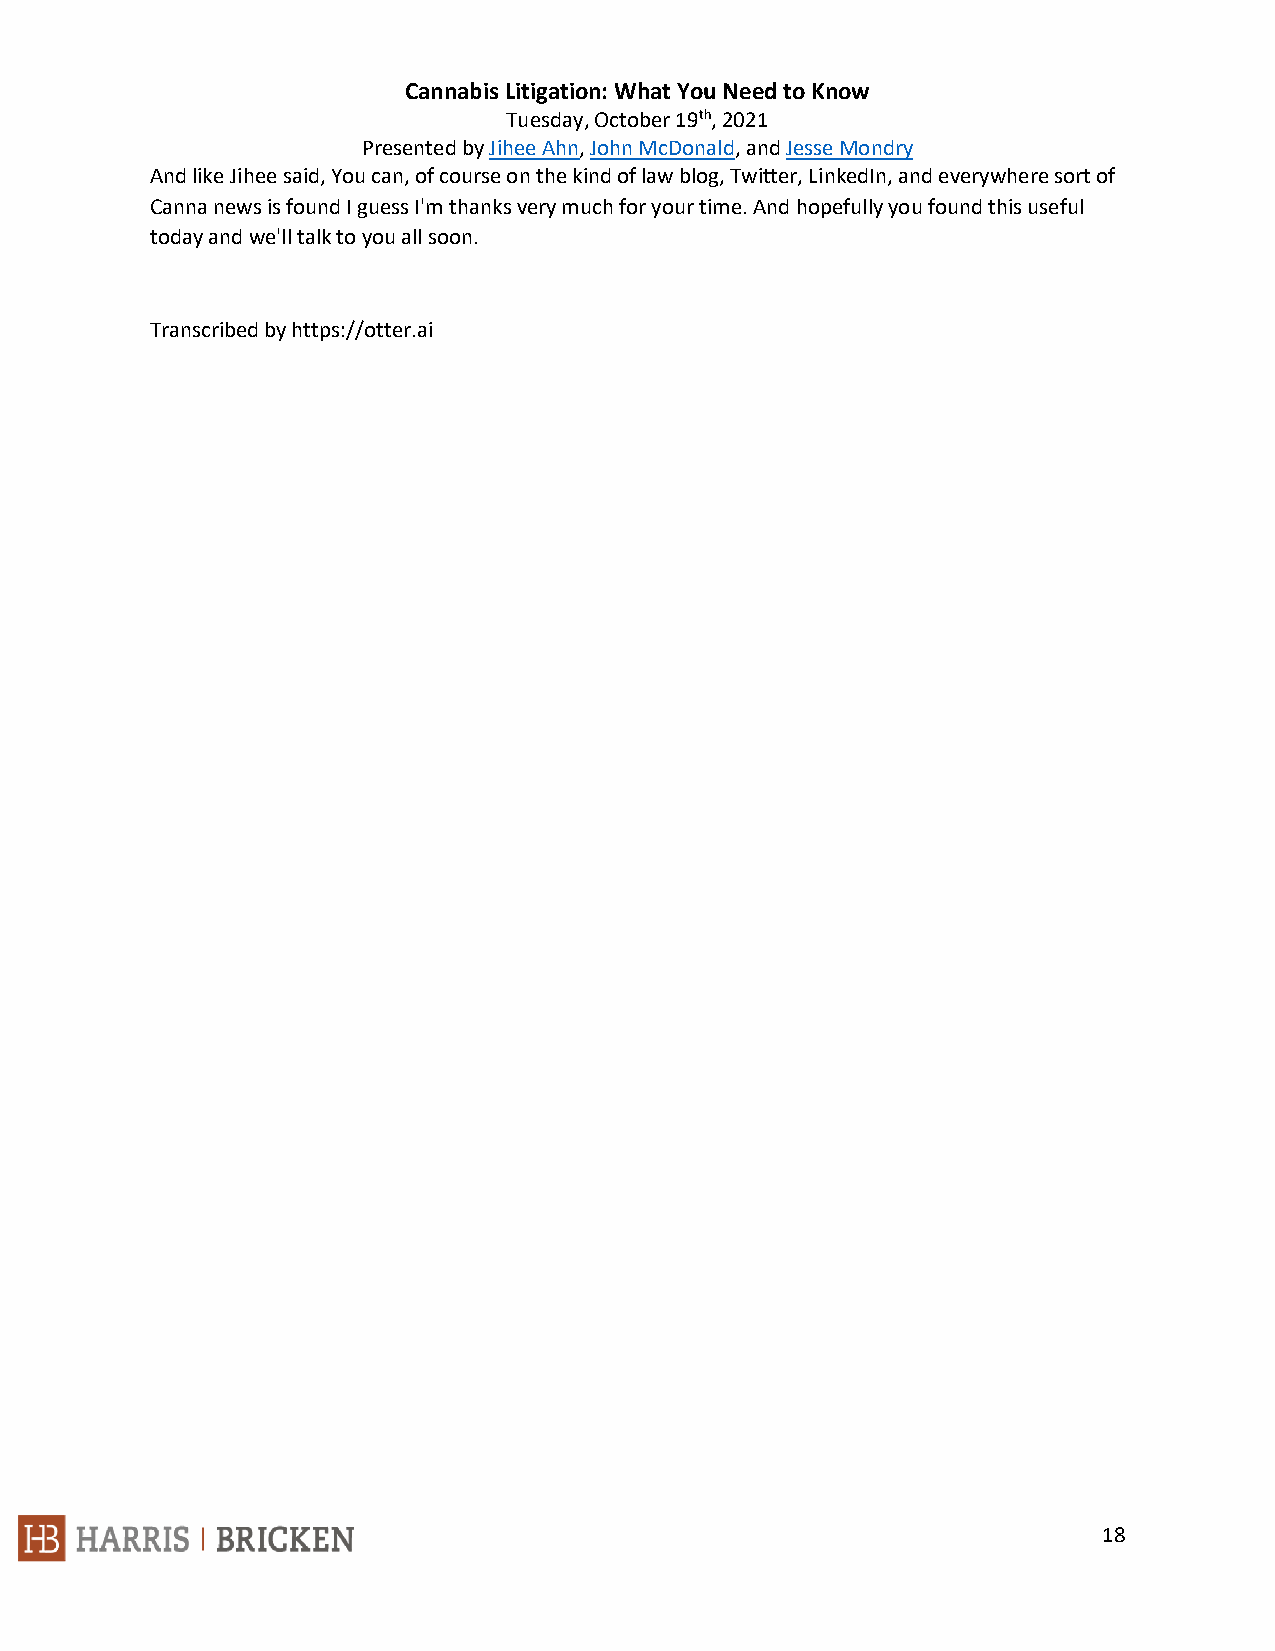
Cannabis Litigation: What You Need to Know
 Tuesday, October 19th, 2021
 Presented by Jihee Ahn, John McDonald, and Jesse Mondry
 And like Jihee said, You can, of course on the kind of law blog, Twitter, LinkedIn, and everywhere sort of
 Canna news is found I guess I'm thanks very much for your time. And hopefully you found this useful
 today and we'll talk to you all soon.
 Transcribed by https://otter.ai
 18